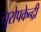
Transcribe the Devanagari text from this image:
युरोपकेन्द्री